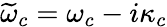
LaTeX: \widetilde{\omega}_{c}=\omega_{c}-i\kappa_{c}